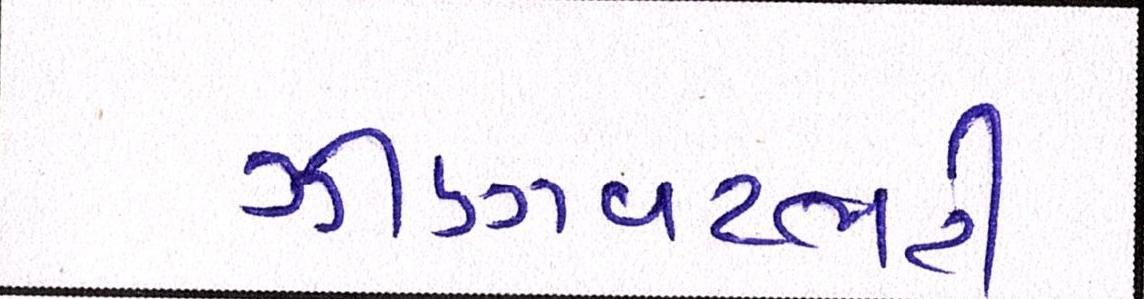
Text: ઝીણવટભરી